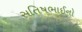
સતિષભાઈનો